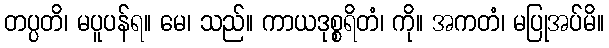
တပ္ပတိ၊ မပူပန်ရ။ မေ၊ သည်။ ကာယဒုစ္စရိတံ၊ ကို။ အကတံ၊ မပြုအပ်မိ။